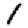
Digit: 1